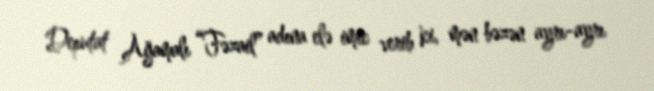
Deputat Ağamalı “Fəzail” adına elə imic verib ki, mən bəzən ayrı-ayrı